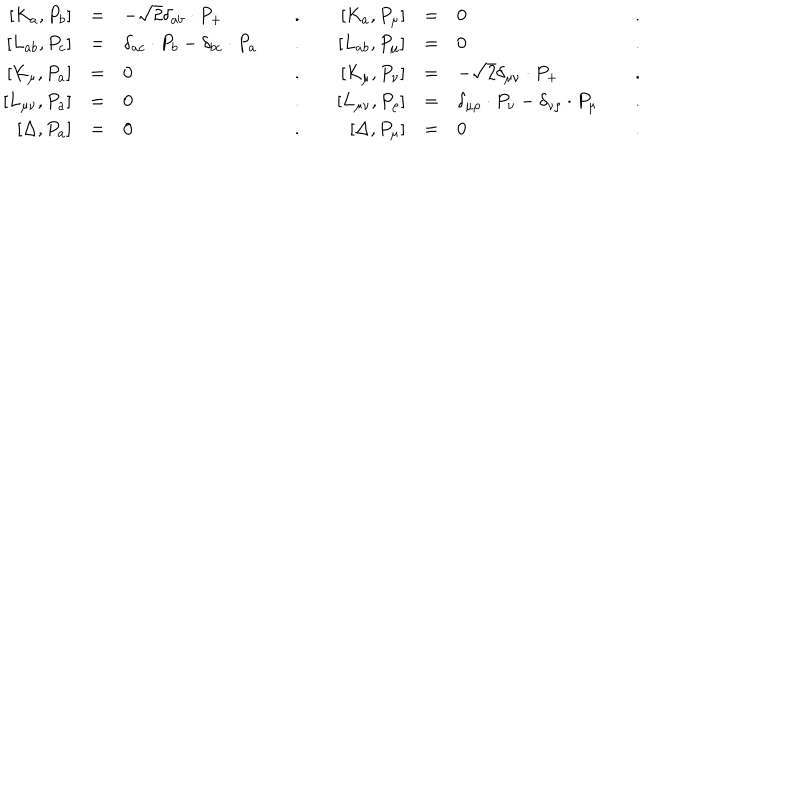
\begin{array} { r c l c r c l c } { { \left[ K _ { a } , P _ { b } \right] } } & { { = } } & { { - \sqrt { 2 } \delta _ { a b } \cdot P _ { + } } } & { { \quad . \quad } } & { { \left[ K _ { a } , P _ { \mu } \right] } } & { { = } } & { { 0 } } & { { \quad . } } \\ { { \left[ L _ { a b } , P _ { c } \right] } } & { { = } } & { { \delta _ { a c } \cdot P _ { b } - \delta _ { b c } \cdot P _ { a } } } & { { \quad . \quad } } & { { \left[ L _ { a b } , P _ { \mu } \right] } } & { { = } } & { { 0 } } & { { \quad . } } \\ { { \left[ K _ { \mu } , P _ { a } \right] } } & { { = } } & { { 0 } } & { { \quad . \quad } } & { { \left[ K _ { \mu } , P _ { \nu } \right] } } & { { = } } & { { - \sqrt { 2 } \delta _ { \mu \nu } \cdot P _ { + } } } & { { \quad . } } \\ { { \left[ L _ { \mu \nu } , P _ { a } \right] } } & { { = } } & { { 0 } } & { { \quad . \quad } } & { { \left[ L _ { \mu \nu } , P _ { \rho } \right] } } & { { = } } & { { \delta _ { \mu \rho } \cdot P _ { \nu } - \delta _ { \nu \rho } \cdot P _ { \mu } } } & { { \quad . } } \\ { { \left[ \Delta , P _ { a } \right] } } & { { = } } & { { 0 } } & { { \quad . \quad } } & { { \left[ \Delta , P _ { \mu } \right] } } & { { = } } & { { 0 } } & { { \quad . } } \\ \end{array}